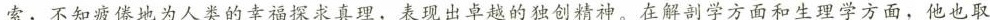
索，不知疲倦地为人类的幸福探求真理，表现出卓越的独创精神。在解剖学方面和生理学方面，他也取